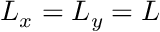
L _ { x } = L _ { y } = L